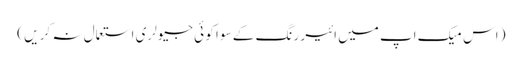
( اس میک اپ میں ائیر رنگ کے سو ا کو ئی جیولری استعمال نہ کر یں )